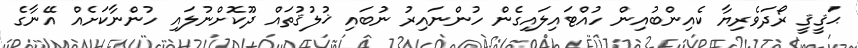
ޙަޤީޤީ ރޯދަވެރިޔާ ކެއިންބުއިން ހުއްޓައިލައިގެން ހުންނައިރު ނުބައި ޚުލުޤުތައް ދޫކޮށްނުލައި ހުންނާކަށެއް އޭނާގެ